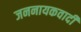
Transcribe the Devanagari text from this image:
जननायकवादी